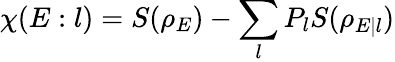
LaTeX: \chi(E:l)=S(\rho_{E})-\sum_{l}P_{l}S(\rho_{E|l})